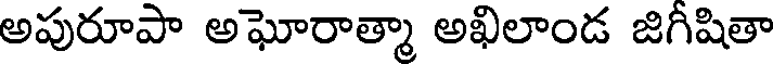
అపురూపా అఘోరాత్మా అఖిలాండ జిగీషితా